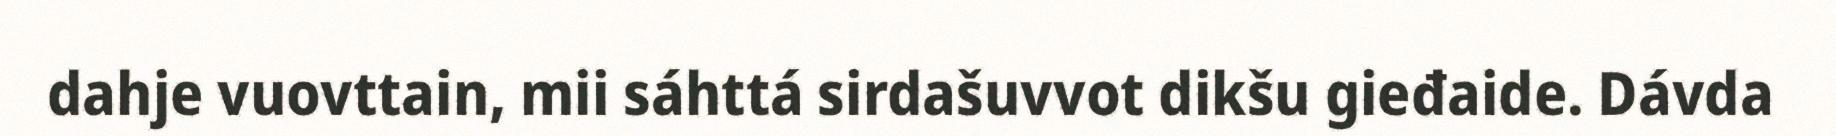
dahje vuovttain, mii sáhttá sirdašuvvot dikšu gieđaide. Dávda